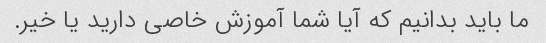
ما باید بدانیم که آیا شما آموزش خاصی دارید یا خیر.